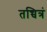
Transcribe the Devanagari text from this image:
तच्चित्रं